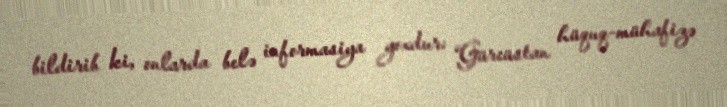
bildirib ki, onlarda belə informasiya yoxdur: “Gürcüstan hüquq-mühafizə